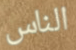
الناس